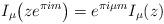
LaTeX: \begin{align*} I_\mu\big(ze^{\pi im}\big)=e^{\pi i\mu m}I_\mu(z)\end{align*}